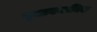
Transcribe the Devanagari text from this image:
व्‍यावयायिक